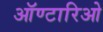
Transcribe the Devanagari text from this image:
ऑण्टारिओ